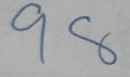
98